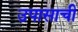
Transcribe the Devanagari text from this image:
उपासाची